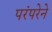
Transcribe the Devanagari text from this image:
परंंपरेने